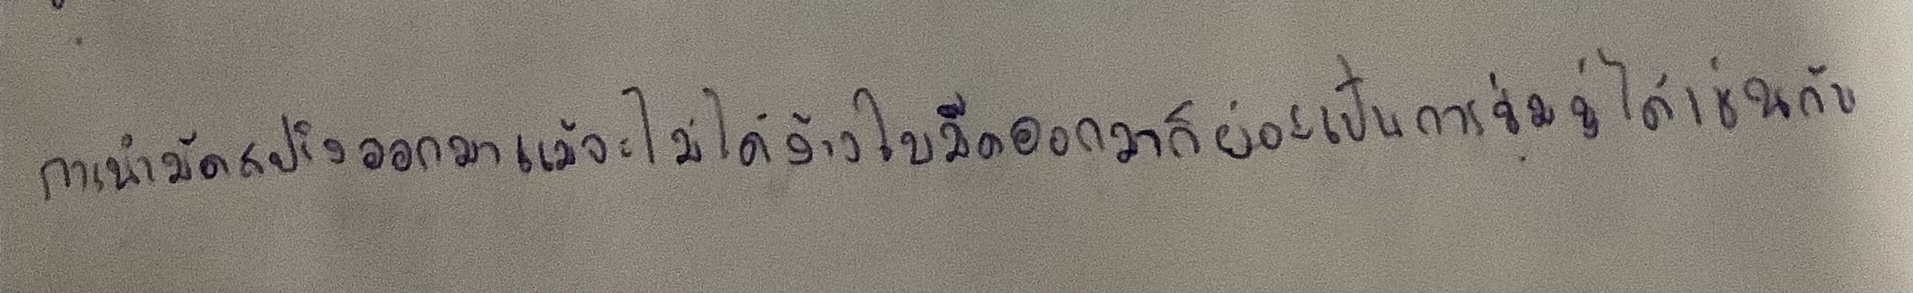
การนำมีดสปริงออกมาแม้จะไม่ได้ง้างใบมีดออกมาก็ย่อมเป็นการข่มขู่ได้เช่นกัน